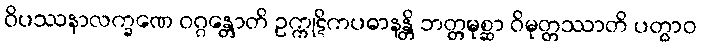
ဝိပဿနာလက္ခဏေ ဝဂ္ဂန္တောတိ ဥက္ကုဋိကပဓာနန္တိ ဘတ္တမုစ္ဆာ ဝိမုတ္တဿာတိ ပတွာဝ